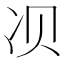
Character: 𱐀